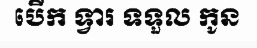
បើក ទ្វារ ទទួល កូន